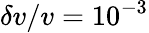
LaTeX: \delta v/v=10^{-3}